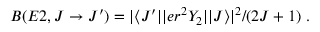
B ( E 2 , J \rightarrow J ^ { \prime } ) = | \langle J ^ { \prime } | | e r ^ { 2 } Y _ { 2 } | | J \rangle | ^ { 2 } / ( 2 J + 1 ) ~ .